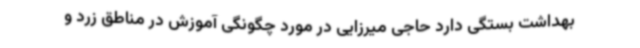
بهداشت بستگی دارد حاجی میرزایی در مورد چگونگی آموزش در مناطق زرد و